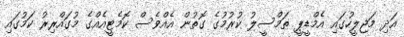
އަދި މަޖިލީހުގައި އެމްޑީޕީ ތަމްސީލު ކުރުމުގެ ގޮތުން އެއްވެސް ކޮމެޓީއެއްގެ މުގައްރިރު ކަމުގައި